Vaccination North-Western Provinces 1866-1877 - 1866-1877
Year: 1866
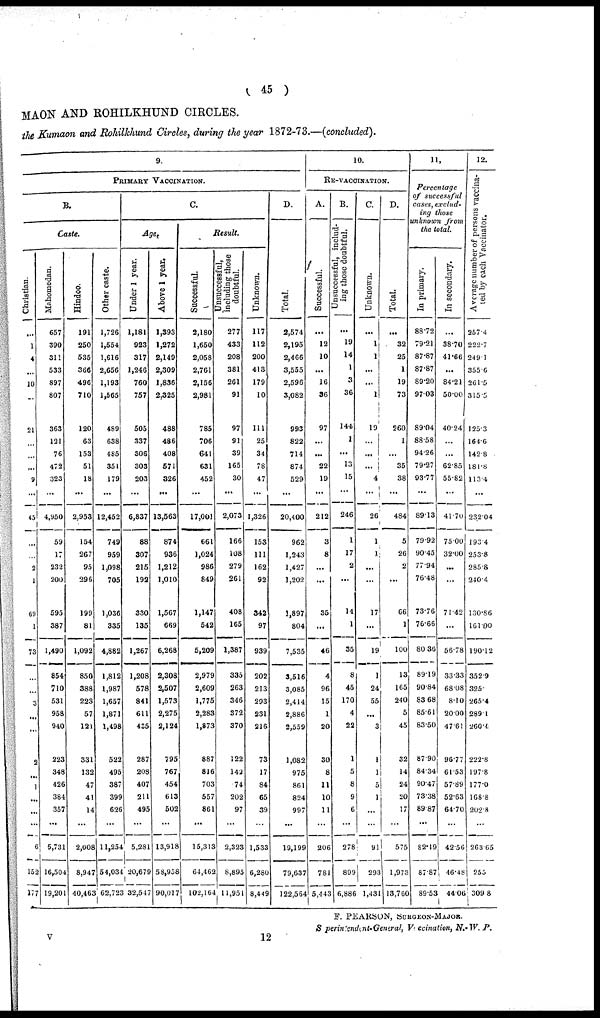
( 45 )
MAON AND ROHILKHUND CIRCLES.
the Kumaon and Rohilkhund Circles, during the year 1872-73.—(concluded).
9.
PRIMARY VACCINATION.
B.
Caste.
Christian.
...
1
4
...
10
...
21
...
...
...
9
...
45
...
...
2
1
69
1
73
...
...
3
...
...
2
...
1
...
...
...
6
152
177
Mahomedan.
657
390
311
533
897
807
363
121
76
472
323
...
4,950
59
17
232
200
595
387
1,490
854
710
531
958
940
223
348
426
384
357
...
5,731
16,504
19,201
Hindoo.
191
250
535
366
496
710
120
63
153
51
18
...
2,953
154
267
95
296
199
81
1,092
850
388
223
57
121
331
132
47
41
14
...
2,008
8,947
40,463
Other caste.
1,726
1,554
1,616
2,656
1,193
1,565
489
638
485
351
179
...
12,452
749
959
1,098
705
1,036
335
4,882
1,812
1,987
1,657
1,871
1,498
522
495
387
399
626
...
11,254
54,034
62,723
C.
Age.
Under 1 year.
1,181
923
317
1,246
760
757
505
337
306
303
203
...
6,837
88
307
215
192
330
135
1,267
1,208
578
841
611
435
287
208
407
211
495
...
5,281
20,679
32,547
Above 1 year.
1,393
1,272
2,149
2,309
1,836
2,325
488
486
408
571
326
...
13,563
874
936
1,212
1,010
1,567
669
6,268
2,308
2,507
1,573
2,275
2,124
795
767
454
613
502
...
13,918
58,958
90,017
Result.
Successful.
2,180
1,650
2,058
2,761
2,156
2,981
785
706
641
631
452
...
17,001
661
1,024
986
849
1,147
542
5,209
2,979
2,609
1,775
2,283
1,873
887
816
703
557
861
...
15,313
64,462
102,164
Unsuccessful,
including those
doubtful.
277
433
208
381
261
91
97
91
39
165
30
...
2,073
166
108
279
261
408
165
1,387
335
263
346
372
370
122
142
74
202
97
...
2,323
8,895
11,951
Unknown.
117
112
200
413
179
10
111
25
34
78
47
...
1,326
153
111
162
92
342
97
939
202
213
293
231
216
73
17
84
65
39
...
1,533
6,280
8,449
D.
Total.
2,574
2,195
2,466
3,555
2,596
3,082
993
822
714
874
529
...
20,400
962
1,243
1,427
1,202
1,897
804
7,535
3,516
3,085
2,414
2,886
2,559
1,082
975
861
824
997
...
19,199
79,637
122,564
10.
RE-VACCINATION.
A.
Successful.
...
12
10
...
16
36
97
...
...
22
19
...
212
3
8
...
...
35
...
46
4
96
15
1
20
30
8
11
10
11
...
206
781
5,443
B.
Unsuccessful, includ-
ing those doubtful.
...
19
14
1
3
36
144
1
...
13
15
...
246
1
17
2
...
14
1
35
8
45
170
4
22
1
5
8
9
6
...
278
899
6,886
C.
Unknown.
...
1
1
...
...
1
19
...
...
...
4
...
26
1
1
...
...
17
...
19
1
24
55
...
3
1
1
5
1
...
...
91
293
1,431
D.
Total.
...
32
25
1
19
73
260
1
...
35
38
...
484
5
26
2
...
66
1
100
13
165
240
5
45
32
14
24
20
17
...
575
1,973
13,760
11,
Percentage
of
successful
cases, exclud-
ing those
unknown
from
the total.
In primary.
88.72
79.21
87.87
87.87
89.20
97.03
89.04
88.58
94.26
79.27
93.77
...
89.13
79.92
90.45
77.94
76.48
73.76
76.66
80.36
89.19
90.84
83.68
85.61
83.50
87.90
84.34
90.47
73.38
89.87
...
82.19
87.87
89.53
In secondary.
...
38.70
41.66
...
84.21
50.00
40.24
...
...
62.85
55.82
...
41.70
75.00
32.00
...
...
71.42
...
56.78
33.33
68.08
8.10
20.00
47.61
96.77
61.53
57.89
52.63
64.70
...
42.56
46.48
44.06
12.
Average number of persons vaccina-
ted by each Vaccinator.
257.4
222.7
249.1
355.6
261.5
315.5
125.3
164.6
142.8
181.8
113.4
...
232.04
193.4
253.8
285.8
240.4
130.86
161.00
190.12
352.9
325
265.4
289.1
260.4
222.8
197.8
177.0
168.8
202.8
...
263.65
255
309.8
F. PEARSON, SURGEON-MAJOR.
Superintendant-General, Vaccination, N.-W. P.
v
12